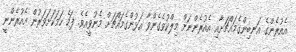
އެއުރެންގެ އަނބިންގެމައްޗަށާއި އެއުރެންނަށް މިލްކުވެގެންވާ އަޅުންގެމައްޗަށް މެނުވީއެވެ. ފަހެ ހަމަކަށަވަރުން އެއުރެންނީ